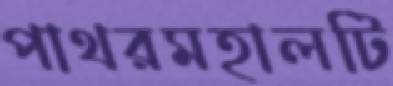
পাথরমহালটি